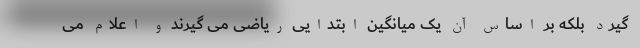
گیرد بلکه بر اساس آن یک میانگین ابتدایی ریاضی می گیرند و اعلام می